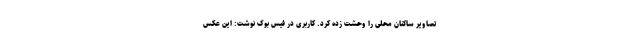
تصاویر ساکنان محلی را وحشت زده کرد. کاربری در فیس بوک نوشت: این عکس